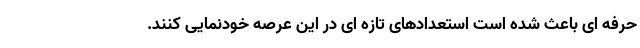
حرفه ای باعث شده است استعدادهای تازه ای در این عرصه خودنمایی کنند.